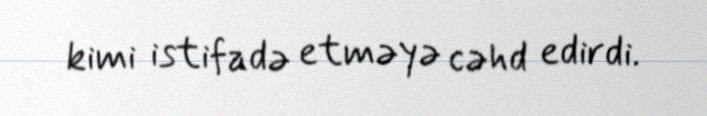
kimi istifadə etməyə cəhd edirdi.